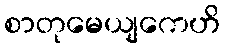
စာတုမေယျကေဟိ